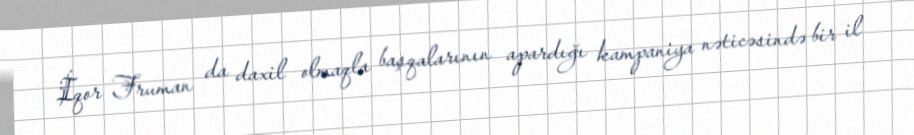
İqor Fruman da daxil olmaqla başqalarının apardığı kampaniya nəticəsində bir il